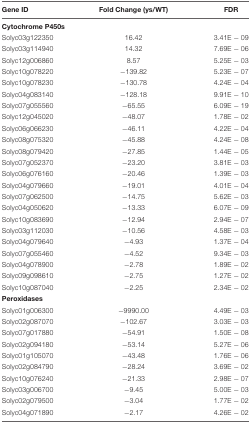
<table><thead><tr><td><b>Gene ID</b></td><td><b>Fold Change (ys/WT)</b></td><td><b>FDR</b></td></tr></thead><tbody><tr><td colspan="3"><b>Cytochrome P450s</b></td></tr><tr><td>Solyc03g122350</td><td>16.42</td><td>3.41E - 09</td></tr><tr><td>Solyc03g114940</td><td>14.32</td><td>7.69E - 06</td></tr><tr><td>Solyc12g006860</td><td>8.57</td><td>5.25E - 03</td></tr><tr><td>Solyc10g078220</td><td>–139.82</td><td>5.23E - 07</td></tr><tr><td>Solyc10g078230</td><td>–130.78</td><td>4.24E - 04</td></tr><tr><td>Solyc04g083140</td><td>–128.18</td><td>9.91E - 10</td></tr><tr><td>Solyc07g055560</td><td>–65.55</td><td>6.09E - 19</td></tr><tr><td>Solyc12g045020</td><td>–48.07</td><td>1.78E - 02</td></tr><tr><td>Solyc06g066230</td><td>–46.11</td><td>4.22E - 04</td></tr><tr><td>Solyc08g075320</td><td>–45.88</td><td>4.24E - 08</td></tr><tr><td>Solyc08g079420</td><td>–27.85</td><td>1.44E - 05</td></tr><tr><td>Solyc07g052370</td><td>–23.20</td><td>3.81E - 03</td></tr><tr><td>Solyc06g076160</td><td>–20.46</td><td>1.39E - 03</td></tr><tr><td>Solyc04g079660</td><td>–19.01</td><td>4.01E - 04</td></tr><tr><td>Solyc07g062500</td><td>–14.75</td><td>5.62E - 03</td></tr><tr><td>Solyc04g050620</td><td>–13.33</td><td>6.07E - 09</td></tr><tr><td>Solyc10g083690</td><td>–12.94</td><td>2.94E - 07</td></tr><tr><td>Solyc03g112030</td><td>–10.56</td><td>4.58E - 03</td></tr><tr><td>Solyc04g079640</td><td>–4.93</td><td>1.37E - 04</td></tr><tr><td>Solyc07g055460</td><td>–4.52</td><td>9.34E - 03</td></tr><tr><td>Solyc04g078900</td><td>–2.78</td><td>1.89E - 02</td></tr><tr><td>Solyc09g098610</td><td>–2.75</td><td>1.27E - 02</td></tr><tr><td>Solyc10g087040</td><td>–2.25</td><td>2.34E - 02</td></tr><tr><td colspan="3"><b>Peroxidases</b></td></tr><tr><td>Solyc01g006300</td><td>–9990.00</td><td>4.49E - 03</td></tr><tr><td>Solyc02g087070</td><td>–102.67</td><td>3.03E - 03</td></tr><tr><td>Solyc07g017880</td><td>–54.91</td><td>1.50E - 08</td></tr><tr><td>Solyc02g094180</td><td>–53.14</td><td>5.27E - 06</td></tr><tr><td>Solyc01g105070</td><td>–43.48</td><td>1.76E - 06</td></tr><tr><td>Solyc02g084790</td><td>–28.24</td><td>3.69E - 02</td></tr><tr><td>Solyc10g076240</td><td>–21.33</td><td>2.98E - 07</td></tr><tr><td>Solyc03g006700</td><td>–9.45</td><td>5.00E - 03</td></tr><tr><td>Solyc02g079500</td><td>–3.04</td><td>1.77E - 02</td></tr><tr><td>Solyc04g071890</td><td>–2.17</td><td>4.26E - 02</td></tr></tbody></table>